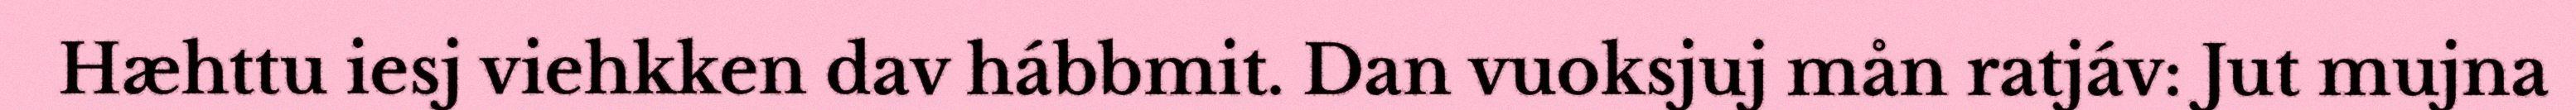
Hæhttu iesj viehkken dav hábbmit. Dan vuoksjuj mån ratjáv: Jut mujna